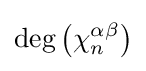
\deg \left(\chi _{n}^{\alpha \beta }\right)